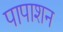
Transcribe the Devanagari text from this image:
पापाशन